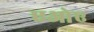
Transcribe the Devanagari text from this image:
एओए